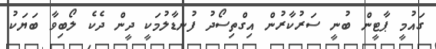
ގައުމީ ޕާޓީން ބުނީ ސަރުކާރުން އިގްތިސޯދު ފުނޑާލުމަކީ ދީން ދެކެ ލޯބިވާ ބަޔަކު